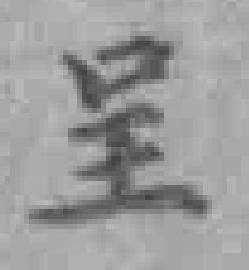
呈